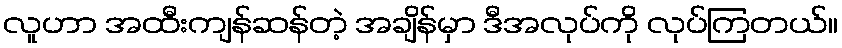
လူဟာ အထီးကျန်ဆန်တဲ့ အချိန်မှာ ဒီအလုပ်ကို လုပ်ကြတယ်။